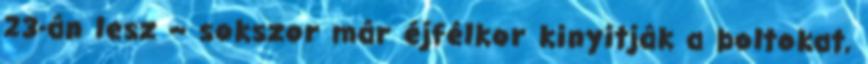
23-án lesz – sokszor már éjfélkor kinyitják a boltokat,